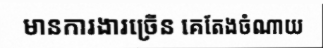
មានការងារច្រើន គេតែងចំណាយ